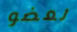
لعضو